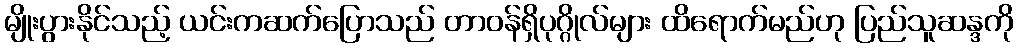
မျိုးပွားနိုင်သည့် ယင်းကဆက်ပြောသည် တာ၀န်ရှိပုဂ္ဂိုလ်များ ထိရောက်မည်ဟု ပြည်သူဆန္ဒကို